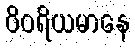
ဝိဝရိယမာနေ